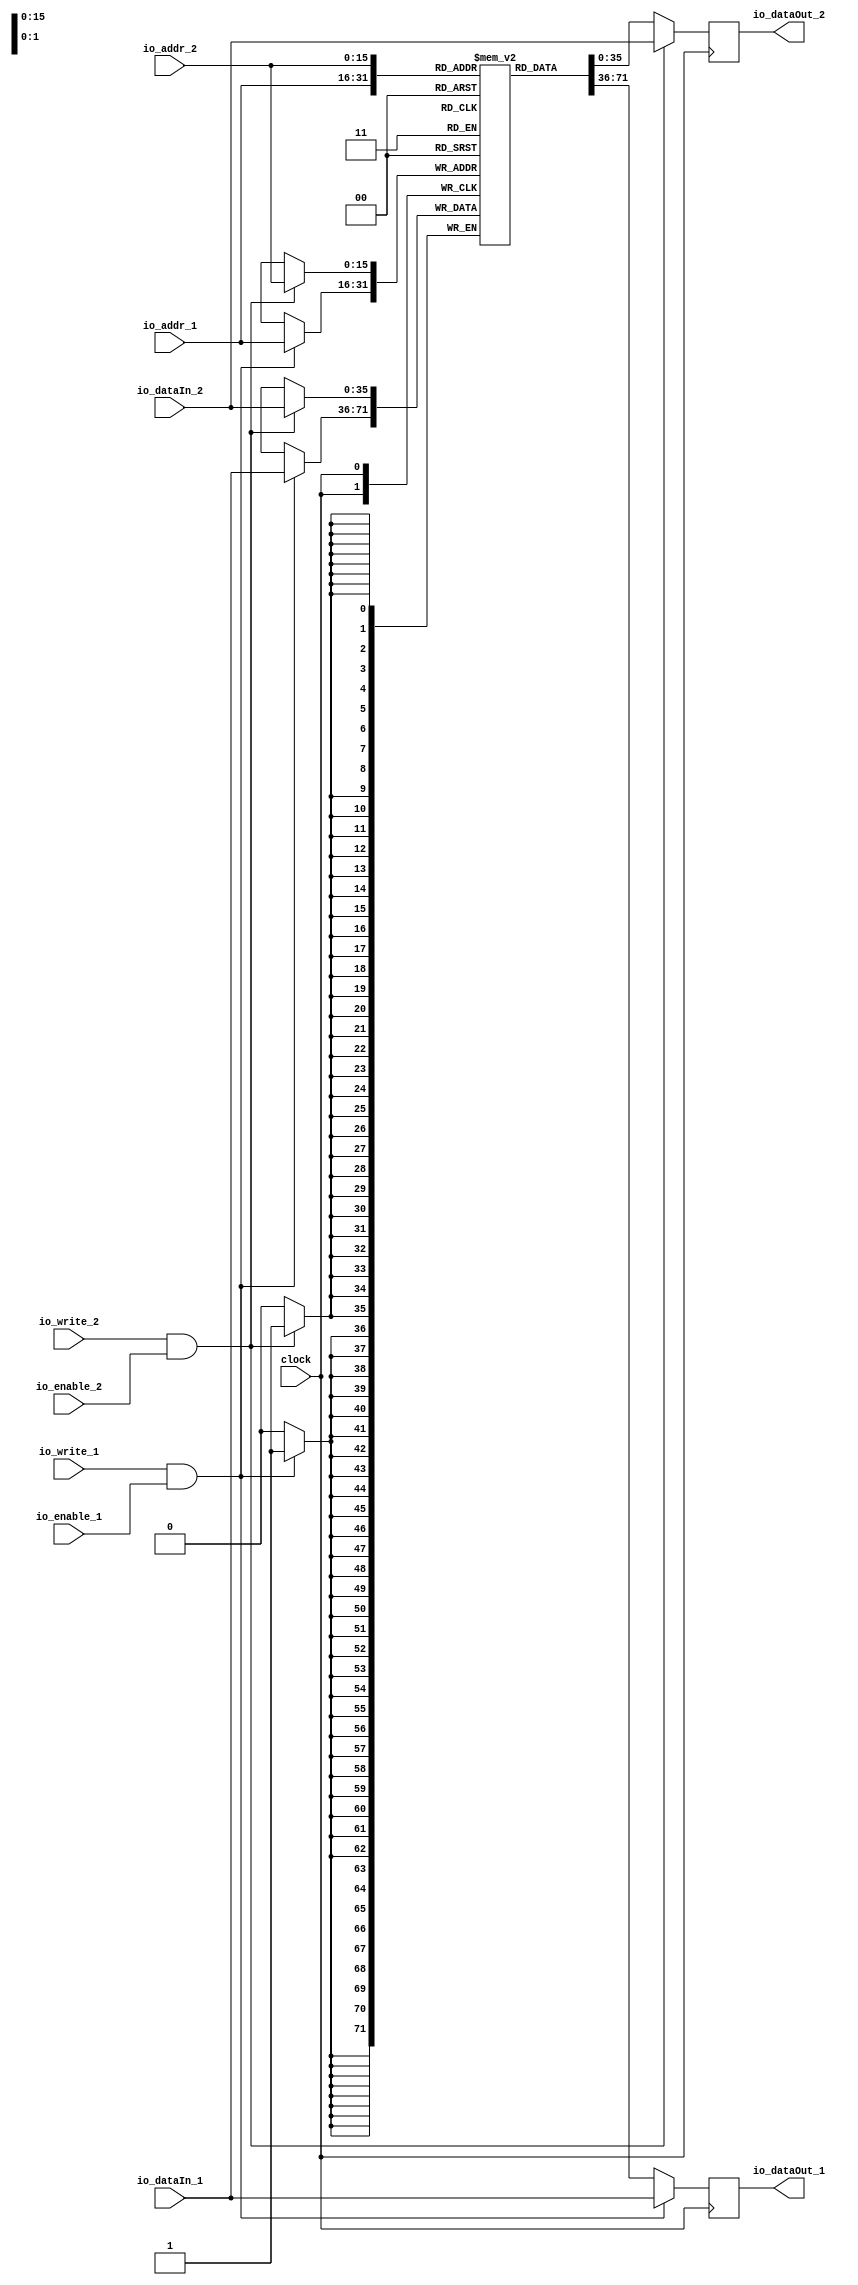
// This program was cloned from: https://github.com/KindlyAccept/SATMIA
// License: MIT License

module BRAMLikeMem1 #(
    parameter integer DATA = 36,
    parameter integer ADDR = 16
) (
    input   wire               clock,
    // Port A
    input   wire                io_enable_1,
    input   wire                io_write_1,
    input   wire    [ADDR-1:0]  io_addr_1,
    input   wire    [DATA-1:0]  io_dataIn_1,
    output  reg     [DATA-1:0]  io_dataOut_1,
    // Port B
    input   wire                io_enable_2,
    input   wire                io_write_2,
    input   wire    [ADDR-1:0]  io_addr_2,
    input   wire    [DATA-1:0]  io_dataIn_2,
    output  reg     [DATA-1:0]  io_dataOut_2
);
// Shared memory
reg [DATA-1:0] mem [(2**ADDR)-1:0];
// Port A
always @(posedge clock) begin
    io_dataOut_1      <= mem[io_addr_1];
    if(io_write_1 & io_enable_1) begin
        io_dataOut_1   <= io_dataIn_1;
        mem[io_addr_1] <= io_dataIn_1;
    end
end
// Port B
always @(posedge clock) begin
    io_dataOut_2    <= mem[io_addr_2];
    if(io_write_2 & io_enable_2) begin
        io_dataOut_2   <= io_dataIn_2;
        mem[io_addr_2] <= io_dataIn_2;
    end
end
endmodule